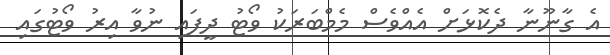
އެ ގާނޫނާ ދެކޮޅަށް އެއްވެސް މެމްބަރަކު ވޯޓު ދީފައި ނުވާ އިރު ވޯޓުގައި